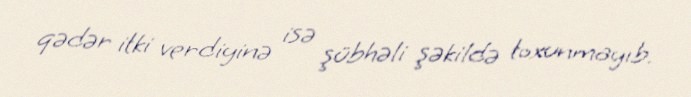
qədər itki verdiyinə isə şübhəli şəkildə toxunmayıb.